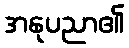
အနုပညာ၏